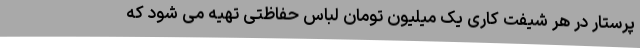
پرستار در هر شیفت کاری یک میلیون تومان لباس حفاظتی تهیه می شود که